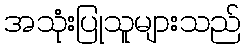
အသုံးပြုသူများသည်